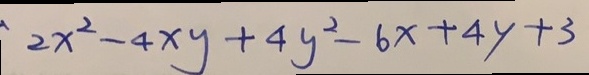
2 x ^ { 2 } - 4 x y + 4 y ^ { 2 } - 6 x + 4 y + 3